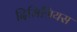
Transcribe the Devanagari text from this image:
दिमित्रियस